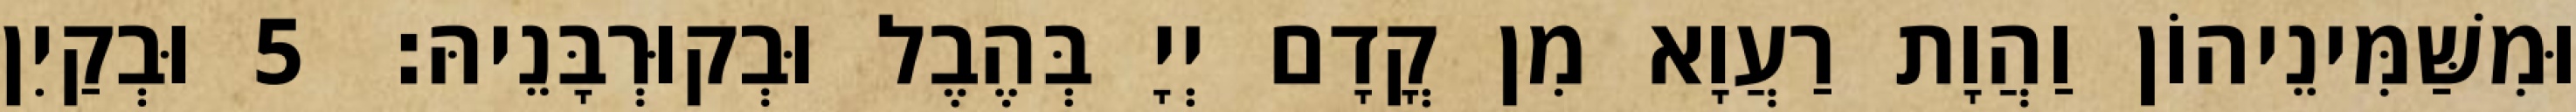
וּמִשַּׁמִּינֵיהוֹן וַהֲוָת רַעֲוָא מִן קֳדָם יְיָ בְּהֶבֶל וּבְקוּרְבָּנֵיהּ׃ 5 וּבְקַיִן